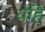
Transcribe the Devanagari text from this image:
यहि